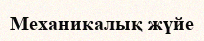
Механикалық жүйе